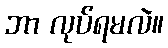
ဘာ လုပ်ရမလဲ။